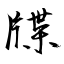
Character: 牒